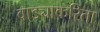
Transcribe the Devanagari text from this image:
वाड्याकरिता